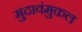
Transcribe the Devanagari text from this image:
मुदावंमुकल